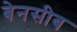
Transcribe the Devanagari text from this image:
बेनसीब